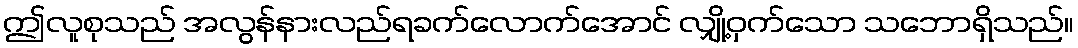
ဤလူစုသည် အလွန်နားလည်ရခက်လောက်အောင် လျှို့ဝှက်သော သဘောရှိသည်။